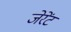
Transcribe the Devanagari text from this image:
जेरेंट